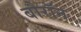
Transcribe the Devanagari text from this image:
बौरॉन